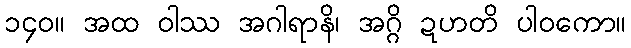
၁၄၀။ အထ ဝါဿ အဂါရာနိ၊ အဂ္ဂိ ဍဟတိ ပါဝကော။